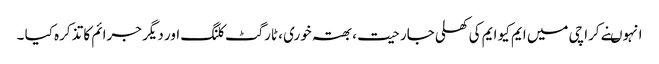
انہوںنے کراچی میں ایم کیو ایم کی کھلی جارحیت ، بھتہ خوری ، ٹارگٹ کلنگ اور دیگر جرائم کا تذکرہ کیا ۔